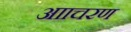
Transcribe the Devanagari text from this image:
आाचरण